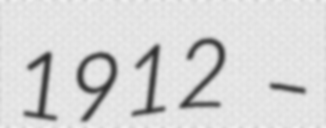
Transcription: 1912 –